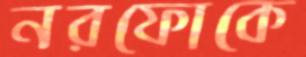
নরফোকে